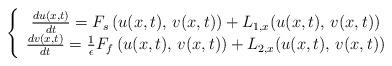
LaTeX: \begin{align*}\left\{ \begin{array}{c}\frac{du(x,t)}{dt}=F_{s}\left(u(x,t),\,v(x,t)\right)+L_{1,x}(u(x,t),\,v(x,t))\\\frac{dv(x,t)}{dt}=\frac{1}{\epsilon}F_{f}\left(u(x,t),\,v(x,t)\right)+L_{2,x}(u(x,t),\,v(x,t))\end{array}\right.\end{align*}